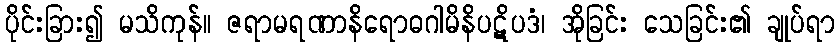
ပိုင်းခြား၍ မသိကုန်။ ဇရာမရဏာနိရောဓဂါမိနိပဋိပဒံ၊ အိုခြင်း သေခြင်း၏ ချုပ်ရာ